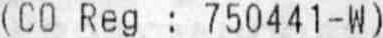
(CO REG : 750441-W)